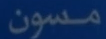
مسون